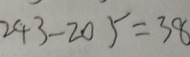
2 4 3 - 2 0 5 = 3 8